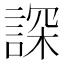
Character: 𧨾